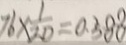
7 6 \times \frac { 1 } { 2 0 } = 0 . 3 8 8